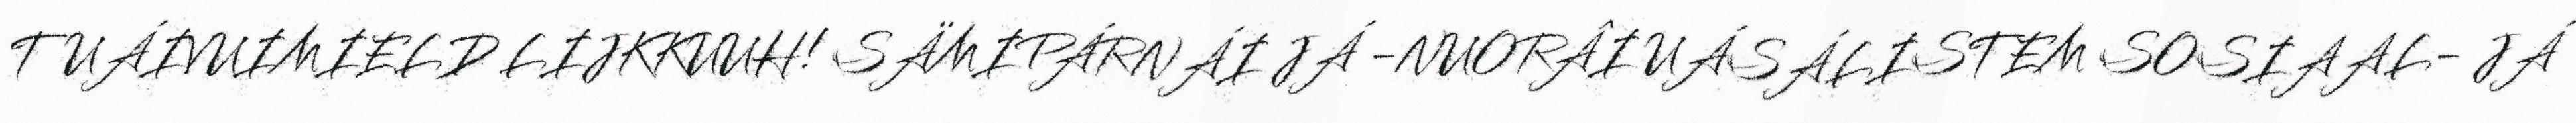
TUÁIVUIMIELD LIJKKUUH! SÄMIPÁRNÁI JÁ -NUORÂI UÁSÁLISTEM SOSIAAL- JÁ